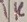
Text: 1K